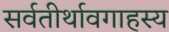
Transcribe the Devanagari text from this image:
सर्वतीर्थावगाहस्य